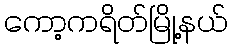
ကော့ကရိတ်မြို့နယ်